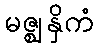
မဇ္ဈနှိကံ